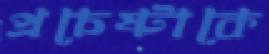
প্রচেষ্টাকে